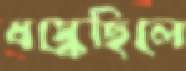
ধস্‌কেছিলে